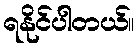
ရနိုင်ပါတယ်။